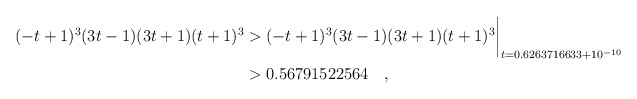
\begin{align*} (-t+1)^3(3t-1)(3t+1)(t+1)^3& > (-t+1)^3(3t-1)(3t+1)(t+1)^3\biggr\rvert_{t=0.6263716633 + 10^{-10}} \\& > 0.56791522564 \quad , \end{align*}